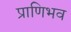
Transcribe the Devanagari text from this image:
प्राणिभव